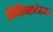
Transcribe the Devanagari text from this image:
सिविलाइजेशन्स